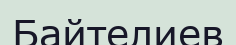
Байтелиев